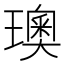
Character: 𪼣